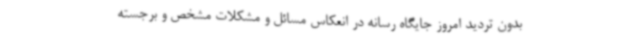
بدون تردید امروز جایگاه رسانه در انعکاس مسائل و مشکلات مشخص و برجسته